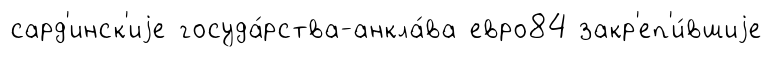
сард'инск'иjе госуда́рства-анкла́ва евро84 закр'еп'и́вшиjе